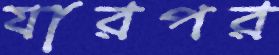
যারপর